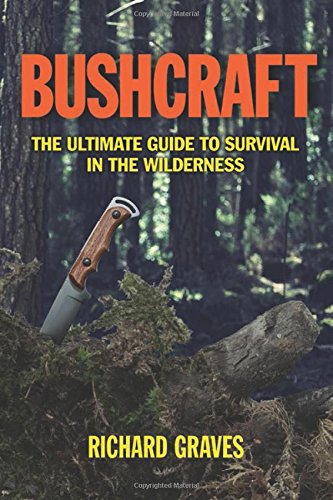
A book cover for Bushcraft: The Ultimate Guide to Survival in the Wilderness; Richard Graves; Sports & Outdoors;